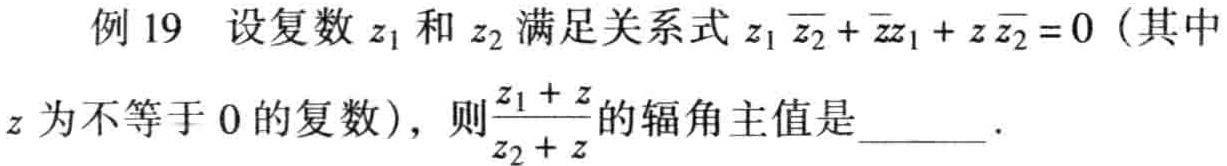
例 19 设复数$z_1$和$z_2$满足关系式$z_1\overline{z_2}+\overline{z}z_1 + z\overline{z_2}=0$（其中$z$为不等于$0$的复数），则$\frac{z_1 + z}{z_2 + z}$的辐角主值是______.